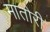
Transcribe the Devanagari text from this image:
मातोरी